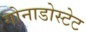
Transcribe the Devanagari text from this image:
गोनाडोस्टेट